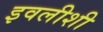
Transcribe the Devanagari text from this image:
इवलीशी